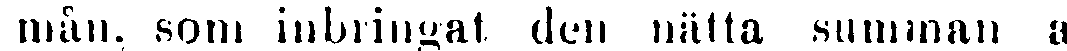
mån, som inbringat den nätta summan al